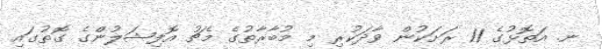
ނ. އަތޮޅުގެ 11 ރަށަކުން ވާދަކުރި މި މުބާރާތުގެ މެޗު އޮފިޝަލުންގެ ގޮތުގައި